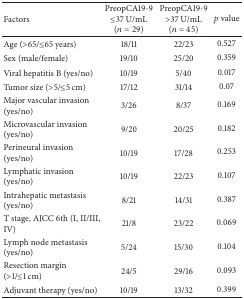
| Factors | PreopCA19-9≤37 U/mL(n = 29) | PreopCA19-9>37 U/mL(n = 45) | p value |
 | --- | --- | --- | --- |
 | Age (>65/≤65 years) | 18/11 | 22/23 | 0.527 |
 | Sex (male/female) | 19/10 | 25/20 | 0.359 |
 | Viral hepatitis B (yes/no) | 10/19 | 5/40 | 0.017 |
 | Tumor size (>5/≤5 cm) | 17/12 | 31/14 | 0.07 |
 | Major vascular invasion (yes/no) | 3/26 | 8/37 | 0.169 |
 | Microvascular invasion (yes/no) | 9/20 | 20/25 | 0.182 |
 | Perineural invasion (yes/no) | 10/19 | 17/28 | 0.253 |
 | Lymphatic invasion (yes/no) | 10/19 | 22/23 | 0.107 |
 | Intrahepatic metastasis (yes/no) | 8/21 | 14/31 | 0.387 |
 | T stage, AJCC 6th (I, II/III, IV) | 21/8 | 23/22 | 0.069 |
 | Lymph node metastasis (yes/no) | 5/24 | 15/30 | 0.104 |
 | Resection margin (>1/≤1 cm) | 24/5 | 29/16 | 0.093 |
 | Adjuvant therapy (yes/no) | 10/19 | 13/32 | 0.399 |